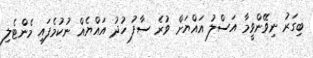
ބިގަރު ނިވޭންވީމާ އަސްލު އައްޔަށް ވުރެ ސާފު ހުދު އައްޔެއް ނުކުމެފައި މެންޓެލި